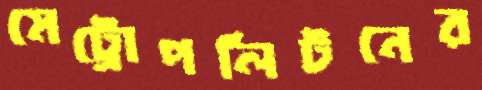
মেট্রোপলিটনের